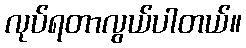
လုပ်ရတာလွယ်ပါတယ်။